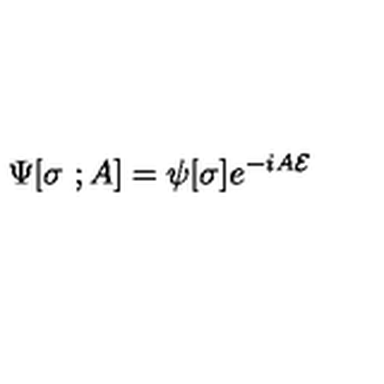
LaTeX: \Psi [ \sigma \ ; A ] = \psi [ \sigma ] e ^ { - i A { \cal E } }